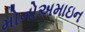
મોનોઅમાઇન